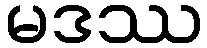
မဒဿ